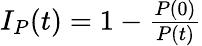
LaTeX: \begin{array}{r}{I_{P}(t)=1-\frac{P(0)}{P(t)}}\end{array}